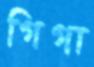
গিগা